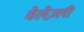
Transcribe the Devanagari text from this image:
वेलेज़्ली